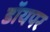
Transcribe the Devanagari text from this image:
डॉयपर